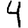
Digit: 4